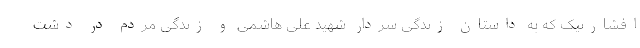
افشارنیک که به داستان زندگی سردار شهید علی هاشمی و زندگی مردم در دشت